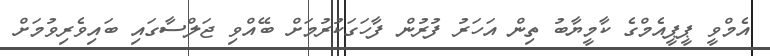
އެމްވީ ޕީޕީއެމްގެ ކާމީޔާބު ތިން އަހަރު ފުރުން ފާހަގަކުރުމަށް ބޭއްވި ޖަލްސާގައި ބައިވެރިވުމަށް